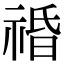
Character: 䄑